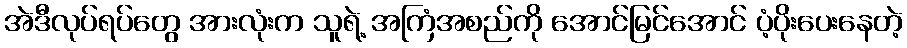
အဲဒီလုပ်ရပ်တွေ အားလုံးက သူရဲ့ အကြံအစည်ကို အောင်မြင်အောင် ပံ့ပိုးပေးနေတဲ့